Proceedings of the meeting of veterinary officers in India
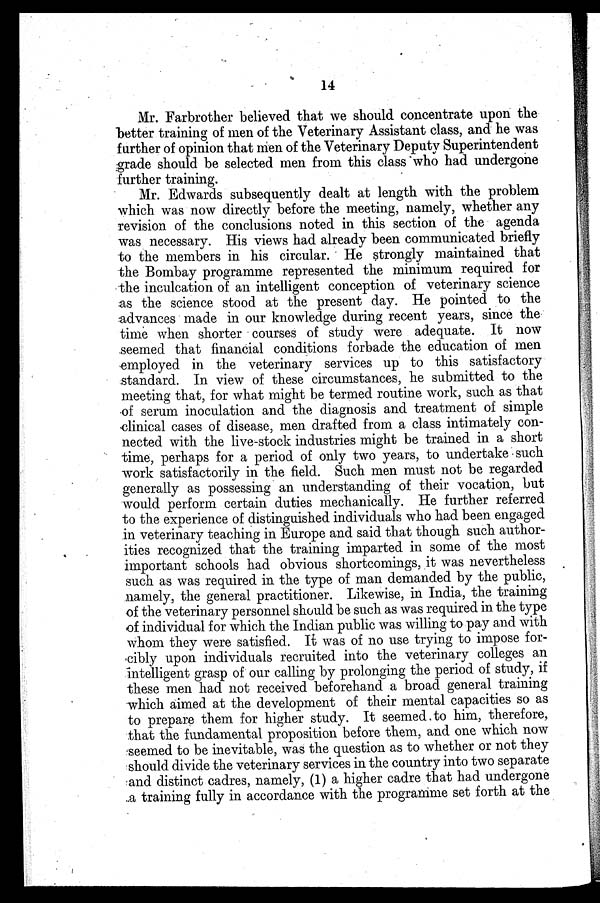
14
Mr. Farbrother believed that we should concentrate upon the
better training of men of the Veterinary Assistant class, and he was
further of opinion that men of the Veterinary Deputy Superintendent
grade should be selected men from this class who had undergone
further training.
Mr. Edwards subsequently dealt at length with the problem
which was now directly before the meeting, namely, whether any
revision of the conclusions noted in this section of the agenda
was necessary. His views had already been communicated briefly
to the members in his circular. He strongly maintained that
the Bombay programme represented the minimum required for
the inculcation of an intelligent conception of veterinary science
as the science stood at the present day. He pointed to the
advances made in our knowledge during recent years, since the
time when shorter courses of study were adequate. It now
seemed that financial conditions forbade the education of men
employed in the veterinary services up to this satisfactory
standard. In view of these circumstances, he submitted to the
meeting that, for what might be termed routine work, such as that
of serum inoculation and the diagnosis and treatment of simple
clinical cases of disease, men drafted from a class intimately con-
nected with the live-stock industries might be trained in a short
time, perhaps for a period of only two years, to undertake such
work satisfactorily in the field. Such men must not be regarded
generally as possessing an understanding of their vocation, but
would perform certain duties mechanically. He further referred
to the experience of distinguished individuals who had been engaged
in veterinary teaching in Europe and said that though such author-
ities recognized that the training imparted in some of the most
important schools had obvious shortcomings, it was nevertheless
such as was required in the type of man demanded by the public,
namely, the general practitioner. Likewise, in India, the training
of the veterinary personnel should be such as was required in the type
of. individual for which the Indian public was willing to pay and with
whom they were satisfied. Ik was of no use trying to impose for-
•cibly upon individuals recruited into the veterinary colleges an
intelligent grasp of our calling by prolonging the period of study, if
these men had not received beforehand a broad general training
which aimed at the development of their mental capacities so as
to prepare them for higher study. It seemed to him, therefore,
that the fundamental proposition before them, and one which now
seemed to be inevitable, was the question as to whether or not they
should divide the veterinary services in the country into two separate
and distinct cadres, namely, (1) a higher cadre that had undergone
a training fully in accordance with the programme set forth at the